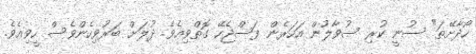
ހޯދާށޭތަ" ސުނީ ކުރި ސުވާލުން އަހަރެން ފަސްޖެހޭ ގޮތްވިއެވެ. ދުލަށް ބަރުވިހެންވެސް ހީވިއެވެ.